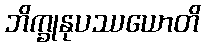
ဘိက္ခုနုပဿယောတိ